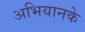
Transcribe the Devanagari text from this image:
अभियानके